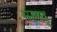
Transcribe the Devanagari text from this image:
मलदृ